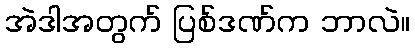
အဲဒါအတွက် ပြစ်ဒဏ်က ဘာလဲ။